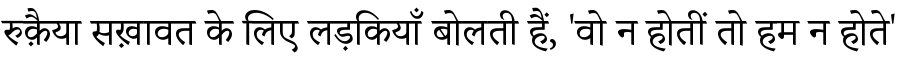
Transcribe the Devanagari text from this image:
रुक़ैया सख़ावत के लिए लड़कियाँ बोलती हैं, 'वो न होतीं तो हम न होते'